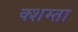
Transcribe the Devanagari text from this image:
क्शम्ता